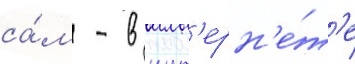
са́м - в инт'ерн'е́т'е